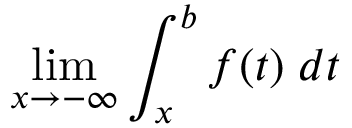
\operatorname* { l i m } _ { x \to - \infty } \int _ { x } ^ { b } f ( t ) \; d t